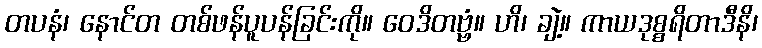
တပနံ၊ နောင်တ တစ်ဖန်ပူပန်ခြင်းကို။ ဝေဒိတဗ္ဗံ။ ဟိ၊ ချဲ့။ ကာယဒုစ္စရိတာဒီနိ၊